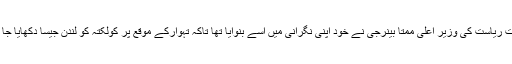
اس وقت ریاست کی وزیر اعلیٰ ممتا بینرجی نے خود اپنی نگرانی میں اسے بنوايا تھا تاکہ تہوارکے موقع پر کولکتہ کو لندن جیسا دکھایا جا سکے۔